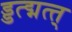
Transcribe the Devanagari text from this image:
ड्डत्द्मत्त्